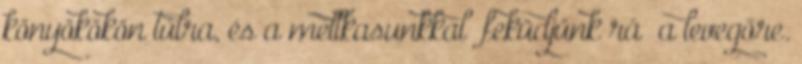
könyökökön túlra, és a mellkasunkkal „feküdjünk rá” a levegőre.